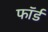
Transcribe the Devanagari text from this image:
फॉर्ड